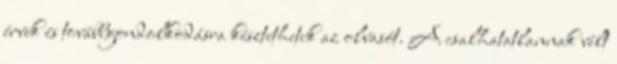
érvek és továbbgondolkodásra késztethetik az olvasót. A csalhatatlannak vélt